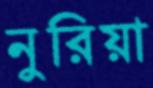
নুরিয়া